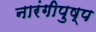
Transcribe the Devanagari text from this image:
नारंगीपुष्प